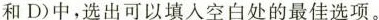
和D)中，选出可以填入空白处的最佳选项。